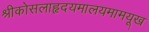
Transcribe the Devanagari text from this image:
श्रीकोसलाहृदयमालयमामयूख